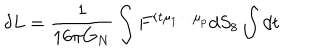
LaTeX: \delta L = { \frac { 1 } { 1 6 \pi G _ { N } } } \int F ^ { r t \mu _ { 1 } \cdots \mu _ { p } } d S _ { 8 } \int d t